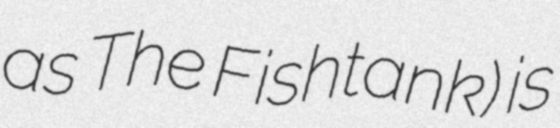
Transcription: as The Fishtank) is